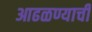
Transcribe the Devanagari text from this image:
आढळण्याची